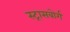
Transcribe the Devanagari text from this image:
स्ट्रासबोर्ग